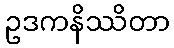
ဥဒကနိဿိတာ